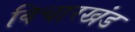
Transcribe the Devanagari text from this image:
विचारखंड